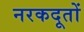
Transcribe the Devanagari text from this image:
नरकदूतों